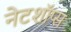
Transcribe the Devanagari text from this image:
नेटशॉप्स